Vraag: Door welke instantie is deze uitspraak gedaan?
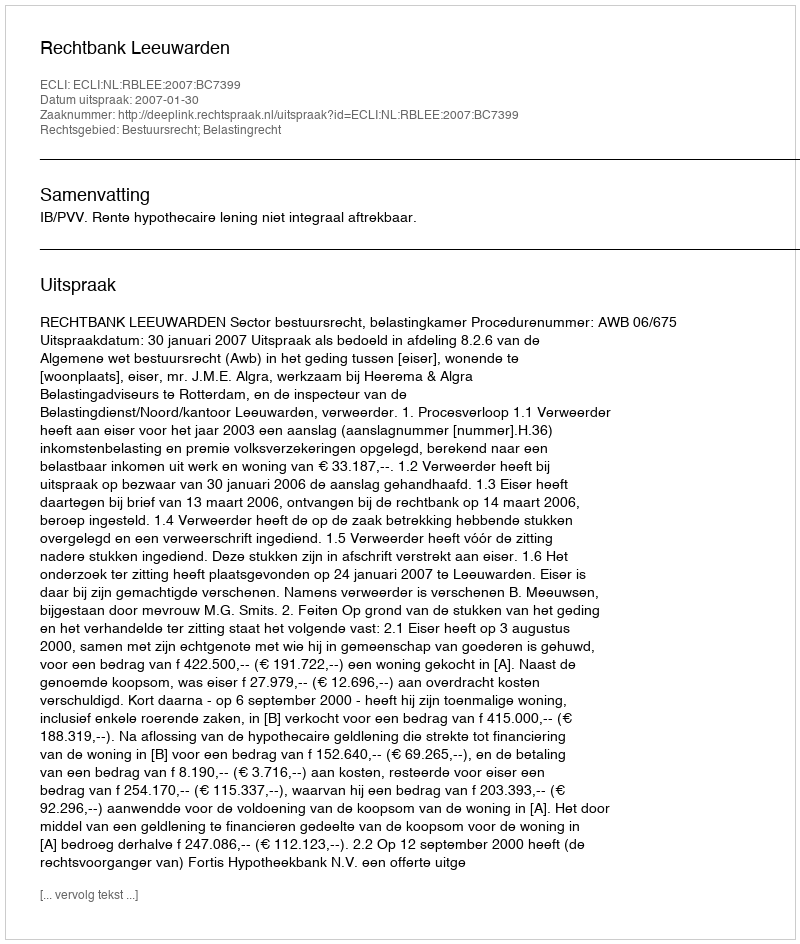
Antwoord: Rechtbank Leeuwarden